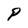
Character: P